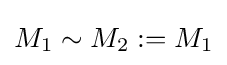
M_{1}\sim M_{2}:=M_{1}